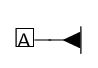
{\displaystyle \Box }\!\!\!\!{\scriptstyle {\mathsf {A}}}\!-\!\!\!-\!\!\!\blacktriangleleft \!\!\!|